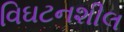
વિઘટનશીલ